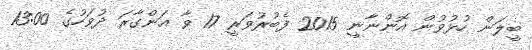
ބީލަން ހުޅުވުން އޮންނާނީ 2015 ފެބުރުވަރީ 17 ވާ އަންގާރަ ދުވަހުގެ 13:00